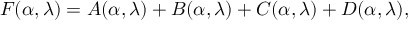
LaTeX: F ( \alpha , \lambda ) = A ( \alpha , \lambda ) + B ( \alpha , \lambda ) + C ( \alpha , \lambda ) + D ( \alpha , \lambda ) ,